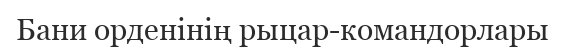
Бани орденінің рыцар-командорлары